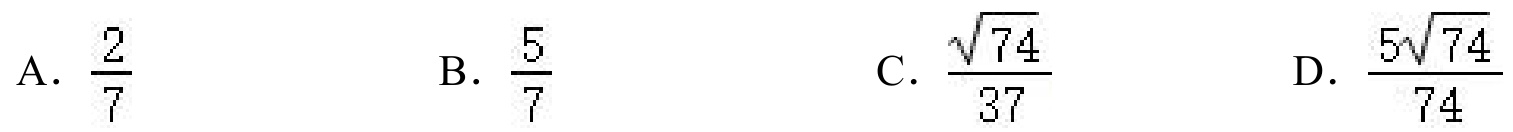
A. $\frac{2}{7}$ B. $\frac{5}{7}$ C. $\frac{\sqrt{74}}{37}$ D. $\frac{5\sqrt{74}}{74}$